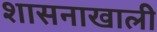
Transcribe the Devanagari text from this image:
शासनाखाली